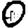
Digit: 0